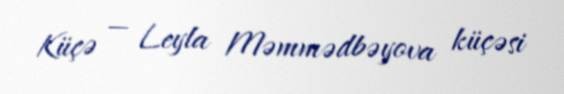
Küçə — Leyla Məmmədbəyova küçəsi